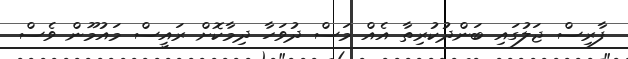
ފާރިސް ޖަލުގައި ބަންދުކުރިތާ އެއް މަސް ދުވަހާ ދިމާކޮށް ރައީސް މައުމޫން ވެސް